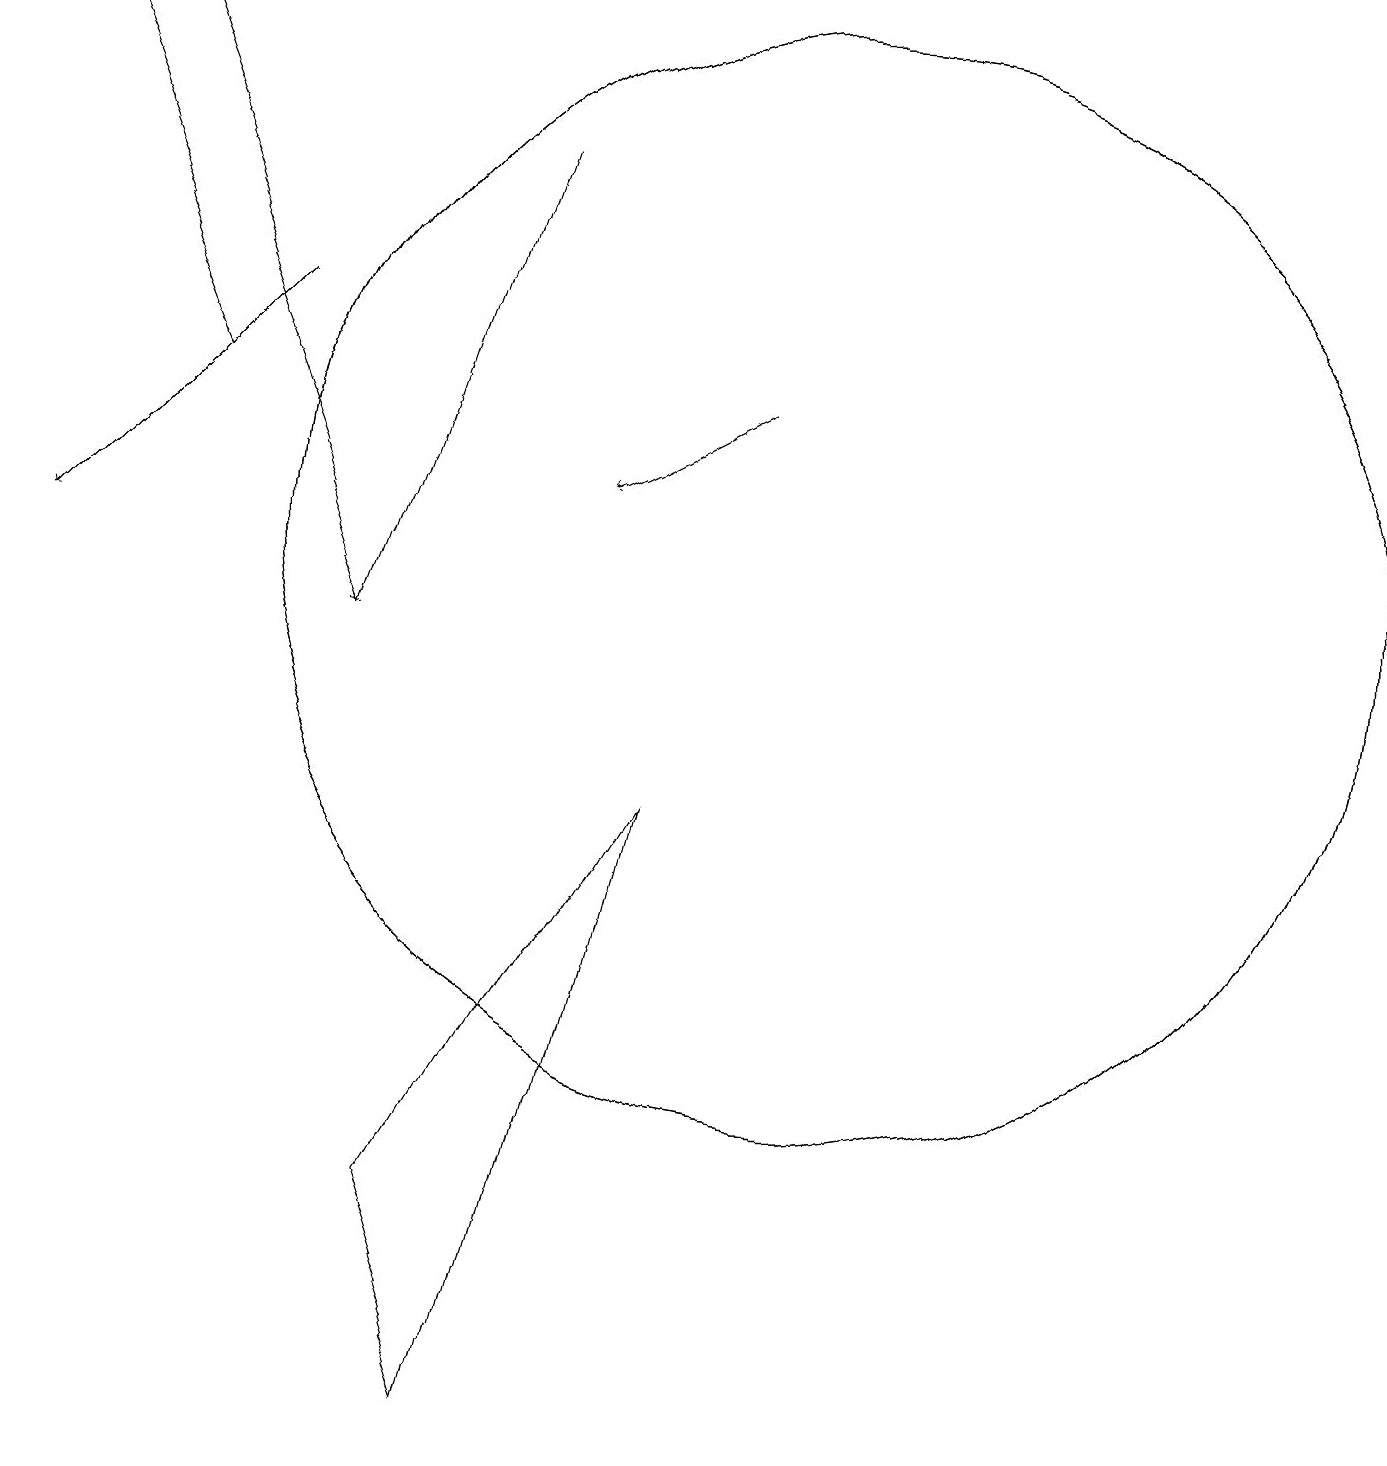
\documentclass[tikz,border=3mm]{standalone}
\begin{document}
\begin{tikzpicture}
\draw (10,12) circle (7);
\draw[->] (9,14) -- (7,13);
\draw[->] (6,17) -- (4,11);
\draw[->] (2,14) -- (0,19);
\draw (10,12) circle (7);
\draw[->] (1,19) -- (4,11);
\draw[->] (3,15) -- (0,12);
\draw (8,9) -- (6,1) -- (5,4) -- cycle;
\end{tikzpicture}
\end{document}